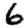
Digit: 6